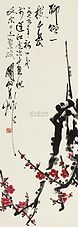
多少泪珠何限恨，倚栏干。